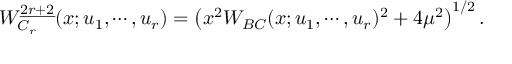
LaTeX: W _ { C _ { r } } ^ { \underline { { { 2 r + 2 } } } } ( x ; u _ { 1 } , \cdots , u _ { r } ) = \left( x ^ { 2 } W _ { B C } ( x ; u _ { 1 } , \cdots , u _ { r } ) ^ { 2 } + 4 \mu ^ { 2 } \right) ^ { 1 / 2 } .